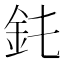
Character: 䤜